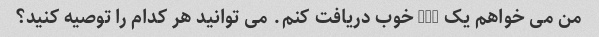
من می خواهم یک RPG خوب دریافت کنم. می توانید هر کدام را توصیه کنید؟